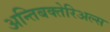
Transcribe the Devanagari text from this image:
अन्तिबक्तेरिअल्स